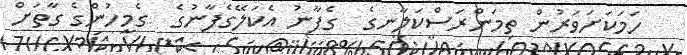
ހަމަކަށަވަރުން ތިމަންރަސްކަލާނގެ  ގެފާނު އެކަލޭގެފާނުގެ  ގެމީހުންގެ ގާތަށް